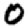
Digit: 0